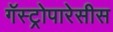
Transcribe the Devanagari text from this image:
गॅस्ट्रोपारेसीस